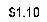
$1.10